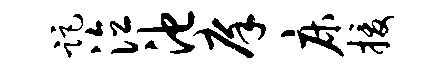
距泣池庠床援